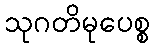
သုဂတိမုပေစ္စ